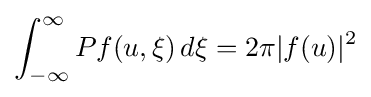
\int _{-\infty }^{\infty }Pf(u,\xi )\,d\xi =2\pi |f(u)|^{2}